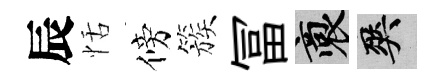
辰恬傍簇冨裔爽